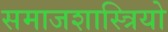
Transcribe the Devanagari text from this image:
समाजशास्त्रियो